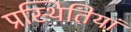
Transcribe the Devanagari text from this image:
प्रस्थितियां